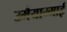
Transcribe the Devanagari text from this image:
उमैयाम्माई